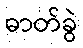
ဓာတ်ခွဲ